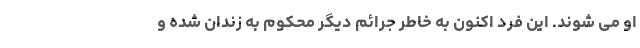
او می شوند. این فرد اکنون به خاطر جرائم دیگر محکوم به زندان شده و